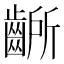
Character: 齭